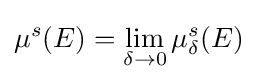
\mu ^{s}(E)=\lim _{\delta \to 0}\mu _{\delta }^{s}(E)